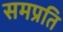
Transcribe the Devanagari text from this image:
समप्रति